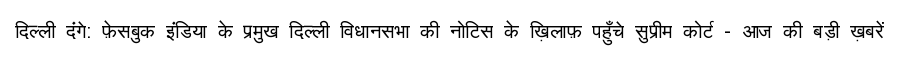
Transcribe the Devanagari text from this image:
दिल्ली दंगे: फ़ेसबुक इंडिया के प्रमुख दिल्ली विधानसभा की नोटिस के ख़िलाफ़ पहुँचे सुप्रीम कोर्ट - आज की बड़ी ख़बरें